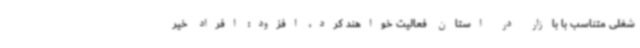
شغلی متناسب با بازار در استان فعالیت خواهند کرد، افزود: افراد خیر